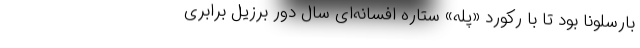
بارسلونا بود تا با رکورد «پله» ستاره افسانه‌ای سال دور برزیل برابری